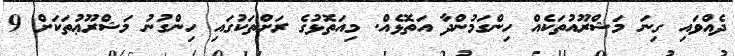
ދެއްވައި ގިނަ މަޝްރޫއުތަކެއް ހިންގަމުންދާ އަތޮޅެއް. މިއަތޮޅުގެ ރަށްތަކުގައި ހިންގުނު މަޝްރޫޢުތަކަށް 9